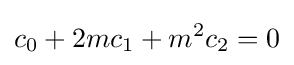
c_{0}+2mc_{1}+m^{2}c_{2}=0